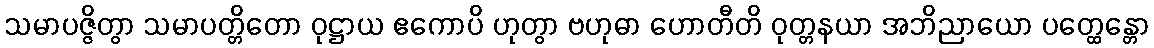
သမာပဇ္ဇိတွာ သမာပတ္တိတော ဝုဋ္ဌာယ ဧကောပိ ဟုတွာ ဗဟုဓာ ဟောတီတိ ဝုတ္တနယာ အဘိညာယော ပတ္ထေန္တော